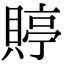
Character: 𧶺